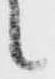
候